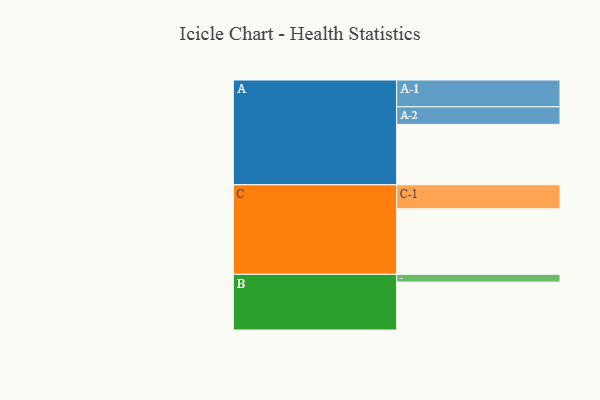
{"axis": {"x": "Segment", "y": "Value"}, "legend": ["", "A", "B", "C"], "data": [{"x": "A", "y": 550, "type": ""}, {"x": "B", "y": 436, "type": ""}, {"x": "C", "y": 596, "type": ""}, {"x": "A-1", "y": 244, "type": "A"}, {"x": "A-2", "y": 160, "type": "A"}, {"x": "B-1", "y": 71, "type": "B"}, {"x": "C-1", "y": 219, "type": "C"}]}